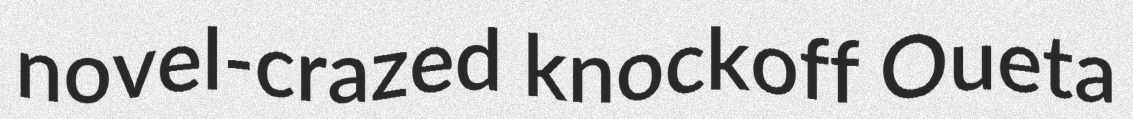
novel-crazed knockoff Oueta